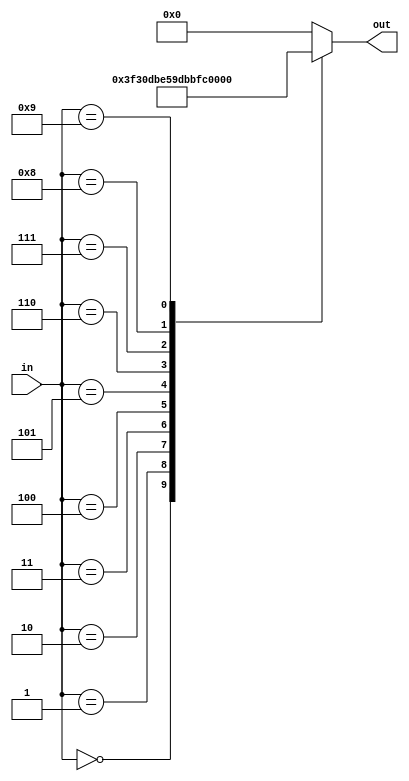
`timescale 1ns / 1ps
//////////////////////////////////////////////////////////////////////////////////
// Company: 
// Engineer: 
// 
// Design Name: 
// Module Name:    segDisp 
// Project Name: 
// Target Devices: 
// Tool versions: 
// Description: 
//
// Dependencies: 
//
// Revision: 
// Revision 0.01 - File Created
// Additional Comments: 
//
//////////////////////////////////////////////////////////////////////////////////

module segDisp (
	input [3:0] in,
	output reg [6:0] out
);

    

// A = top, B = top-right, ... , F = top left, G = middle
always @(*) begin 
	out = 7'b0000000;
	case(in)
		4'b0000: out <= 7'b1111110;
		4'b0001: out <= 7'b0110000;
		4'b0010: out <= 7'b1101101;
		4'b0011: out <= 7'b1111001;
		4'b0100: out <= 7'b0110011;
		4'b0101: out <= 7'b1011011;
		4'b0110: out <= 7'b1011111;
		4'b0111: out <= 7'b1110000;
		4'b1000: out <= 7'b1111111;
		4'b1001: out <= 7'b1110011;
	endcase
	end

endmodule